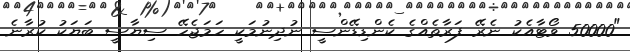
"50000 ވޯޓާއެކު ނެރޭ ފަރާތެއްގެ ކެންޑިޑޭންސީ ނުދިނުމަކީ ހަމަޖެހޭ ސިޔާސީ ބަޔަކު ކުރާނެ